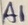
Text: A1